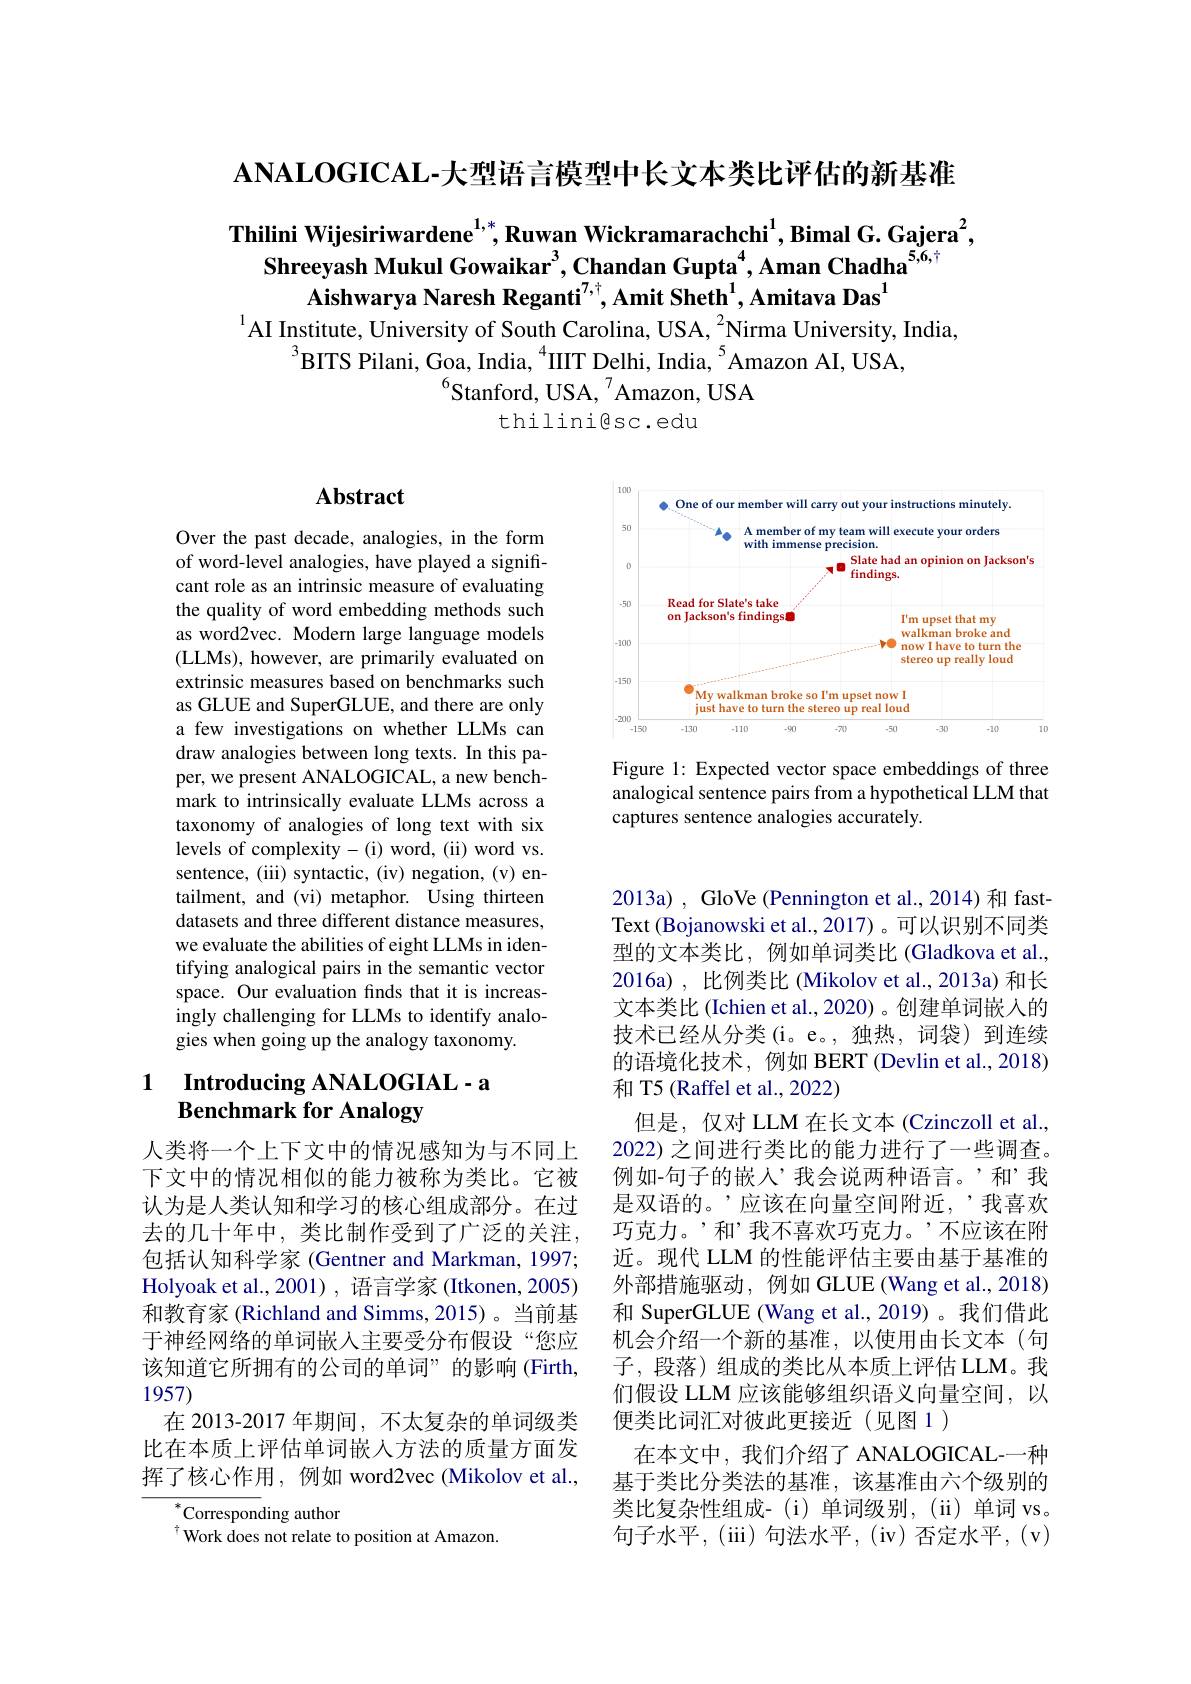
$\mathbf{ANALOGICAL-大型语言模型中长文本类比评估的新基准}$

Thilini Wijesiriwardene$^{1,*}$,Ruwan Wickramarachchi$^1$,Bimal G. Gajera$^2$,
Shreeyash Mukul Gowaikar$^{3}$,Chandan Gupta$^{4}$,Aman Chadha$^{5,6,\dagger}$
Aishwarya Naresh Reganti$^7,\dagger$,Amit Sheth$^1$,Amitava Das$^{\mathrm{l}}$
$^{1}$AI Institute, University of South Carolina, USA, $^2$Nirma University, India,
$^{3}$BITS Pilani, Goa, India, $^4$IIIT Delhi, India, $^5$Amazon AI, USA
$^{6}$Stanford, USA, $^{7}$Amazon, USA
thilinigsc.edu

# Abstract

Over the past decade, analogies, in the form of word-level analogies, have played a significant role as an intrinsic measure of evaluating the quality of word embedding methods such as word2vec. Modern large language models (LLMs), however, are primarily evaluated on extrinsic measures based on benchmarks such as GLUE and SuperGLUE, and there are only a few investigations on whether LLMs can draw analogies between long texts. In this paper, we present ANALOGICAL, a new benchmark to intrinsically evaluate LLMs across a taxonomy of analogies of long text with six levels of complexity-(i) word, (ii) word vs. sentence, (iii) syntactic, (iv) negation, (v) entailment, and (vi) metaphor. Using thirteen datasets and three different distance measures, we evaluate the abilities of eight LLMs in identifying analogical pairs in the semantic vector space. Our evaluation finds that it is increasingly challenging for LLMs to identify analogies when going up the analogy taxonomy.

### 1 Introducing ANALOGIAL-a Benchmark for Analogy

人类将一个上下文中的情况感知为与不同上下文中的情况相似的能力被称为类比。它被认为是人类认知和学习的核心组成部分。在过去的几十年中，类比制作受到了广泛的关注， 包括认知科学家 (Gentner and Markman, 1997; Holyoak et al., 2001) , 语言学家 (Itkonen, 2005) 和教育家 (Richland and Simms,2015)。当前基于神经网络的单词嵌入主要受分布假设“您应该知道它所拥有的公司的单词”的影响(Firth, 1957)
在 2013-2017 年期间，不太复杂的单词级类比在本质上评估单词嵌入方法的质量方面发挥了核心作用，例如 word2vec(Mikolov et al.,

${^*\text{Corresponding author}}$
$^{\dagger}$Work does not relate to position at Amazon.

<FigureHere>

Figure 1: Expected vector space embeddings of three analogical sentence pairs from a hypothetical LLM that captures sentence analogies accurately.

2013a) , GloVe (Pennington et al., 2014) 和 fastText (Bojanowski et al., 2017)。可以识别不同类型的文本类比，例如单词类比 (Gladkova et al., 2016a) , 比例类比 (Mikolov et al., 2013a) 和长文本类比 (Ichien et al., 2020)。创建单词嵌入的技术已经从分类(i。e。,独热，词袋)到连续的语境化技术，例如 BERT (Devlin et al., 2018) 和 T5 (Raffel et al., 2022)
但是，仅对 LLM 在长文本 (Czinczoll et al. 2022) 之间进行类比的能力进行了一些调查。例如-句子的嵌人’我会说两种语言。’和’我是双语的。’应该在向量空间附近，’我喜欢巧克力。’和’我不喜欢巧克力。’不应该在附近。现代 LLM 的性能评估主要由基于基准的外部措施驱动，例如 GLUE (Wang et al., 2018) 和 SuperGLUE (Wang et al.,2019) 。我们借此机会介绍一个新的基准，以使用由长文本(句子，段落)组成的类比从本质上评估 LLM。我们假设 LLM 应该能够组织语义向量空间，以便类比词汇对彼此更接近(见图 1)
在本文中，我们介绍了 ANALOGICAL-一种基于类比分类法的基准，该基准由六个级别的类比复杂性组成-(i)单词级别，(ii)单词 vs。句 子 水 平 , ( iii) 句 法 水 平 , ( iv) 否 定 水 平 , ( v)